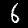
Digit: 6